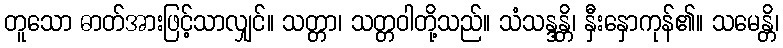
တူသော ဓာတ်အားဖြင့်သာလျှင်။ သတ္တာ၊ သတ္တဝါတို့သည်။ သံသန္ဒန္တိ၊ နှီးနှောကုန်၏။ သမေန္တိ၊